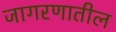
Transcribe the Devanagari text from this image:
जागरणातील